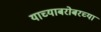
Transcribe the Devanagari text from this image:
याच्याबरोबरच्या